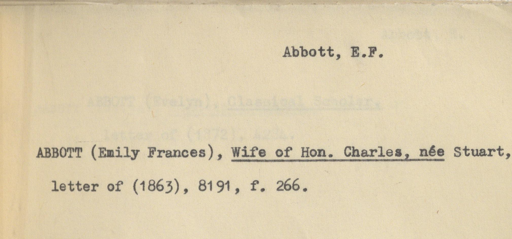
Label: content